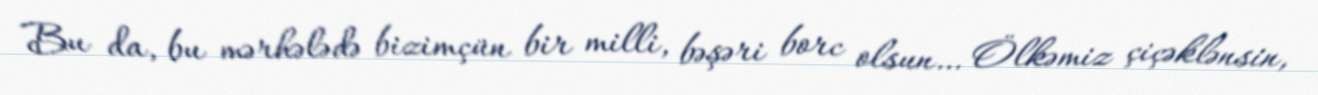
Bu da, bu mərhələdə bizimçün bir milli, bəşəri borc olsun… Ölkəmiz çiçəklənsin,